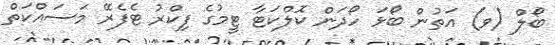
ބޯލް (ވ) އަތުން ބޯޅަ ހޯދަން ކޮލްކަޓާ ޓީމުގެ ފިކްރު ޓެފެރޭ މަސައްކަތް